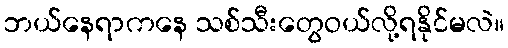
ဘယ်နေရာကနေ သစ်သီးတွေဝယ်လို့ရနိုင်မလဲ။